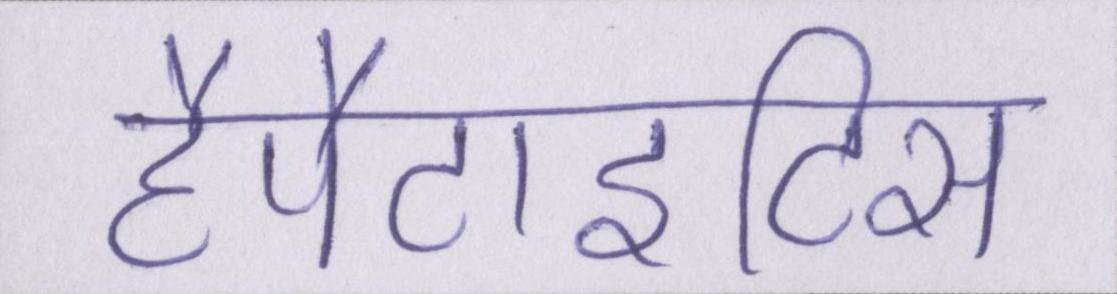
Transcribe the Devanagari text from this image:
हैपैटाइटिस